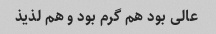
عالی بود هم گرم بود و هم لذیذ